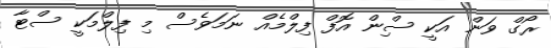
ރޯގް ވަން އަކީ ސްިން އޮފް ފިލްމެއް ނަމަވެސް މި ފިލްމަކީ ސްޓާ